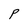
Character: P